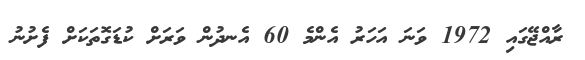
ރާއްޖޭގައި 1972 ވަނަ އަހަރު އެންމެ 60 އެނދުން ވަރަށް ކުޑަގޮތަކަށް ފެށުނު